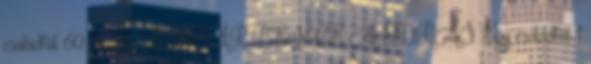
családfát 60 tiszatáj LÁZÁR BENCE ANDRÁS Egy családfát 1